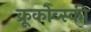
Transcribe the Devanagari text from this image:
क्रूकोव्स्की